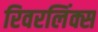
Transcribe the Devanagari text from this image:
रिवरलिंक्स